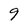
Character: 9